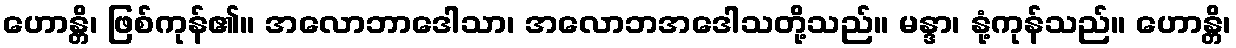
ဟောန္တိ၊ ဖြစ်ကုန်၏။ အလောဘာဒေါသာ၊ အလောဘအဒေါသတို့သည်။ မန္ဒာ၊ နုံ့ကုန်သည်။ ဟောန္တိ၊